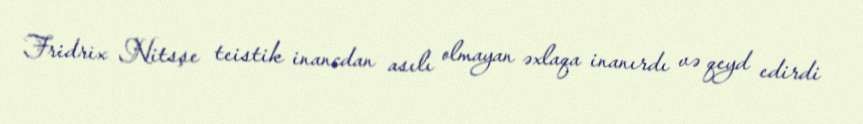
Fridrix Nitsşe teistik inancdan asılı olmayan əxlaqa inanırdı və qeyd edirdi